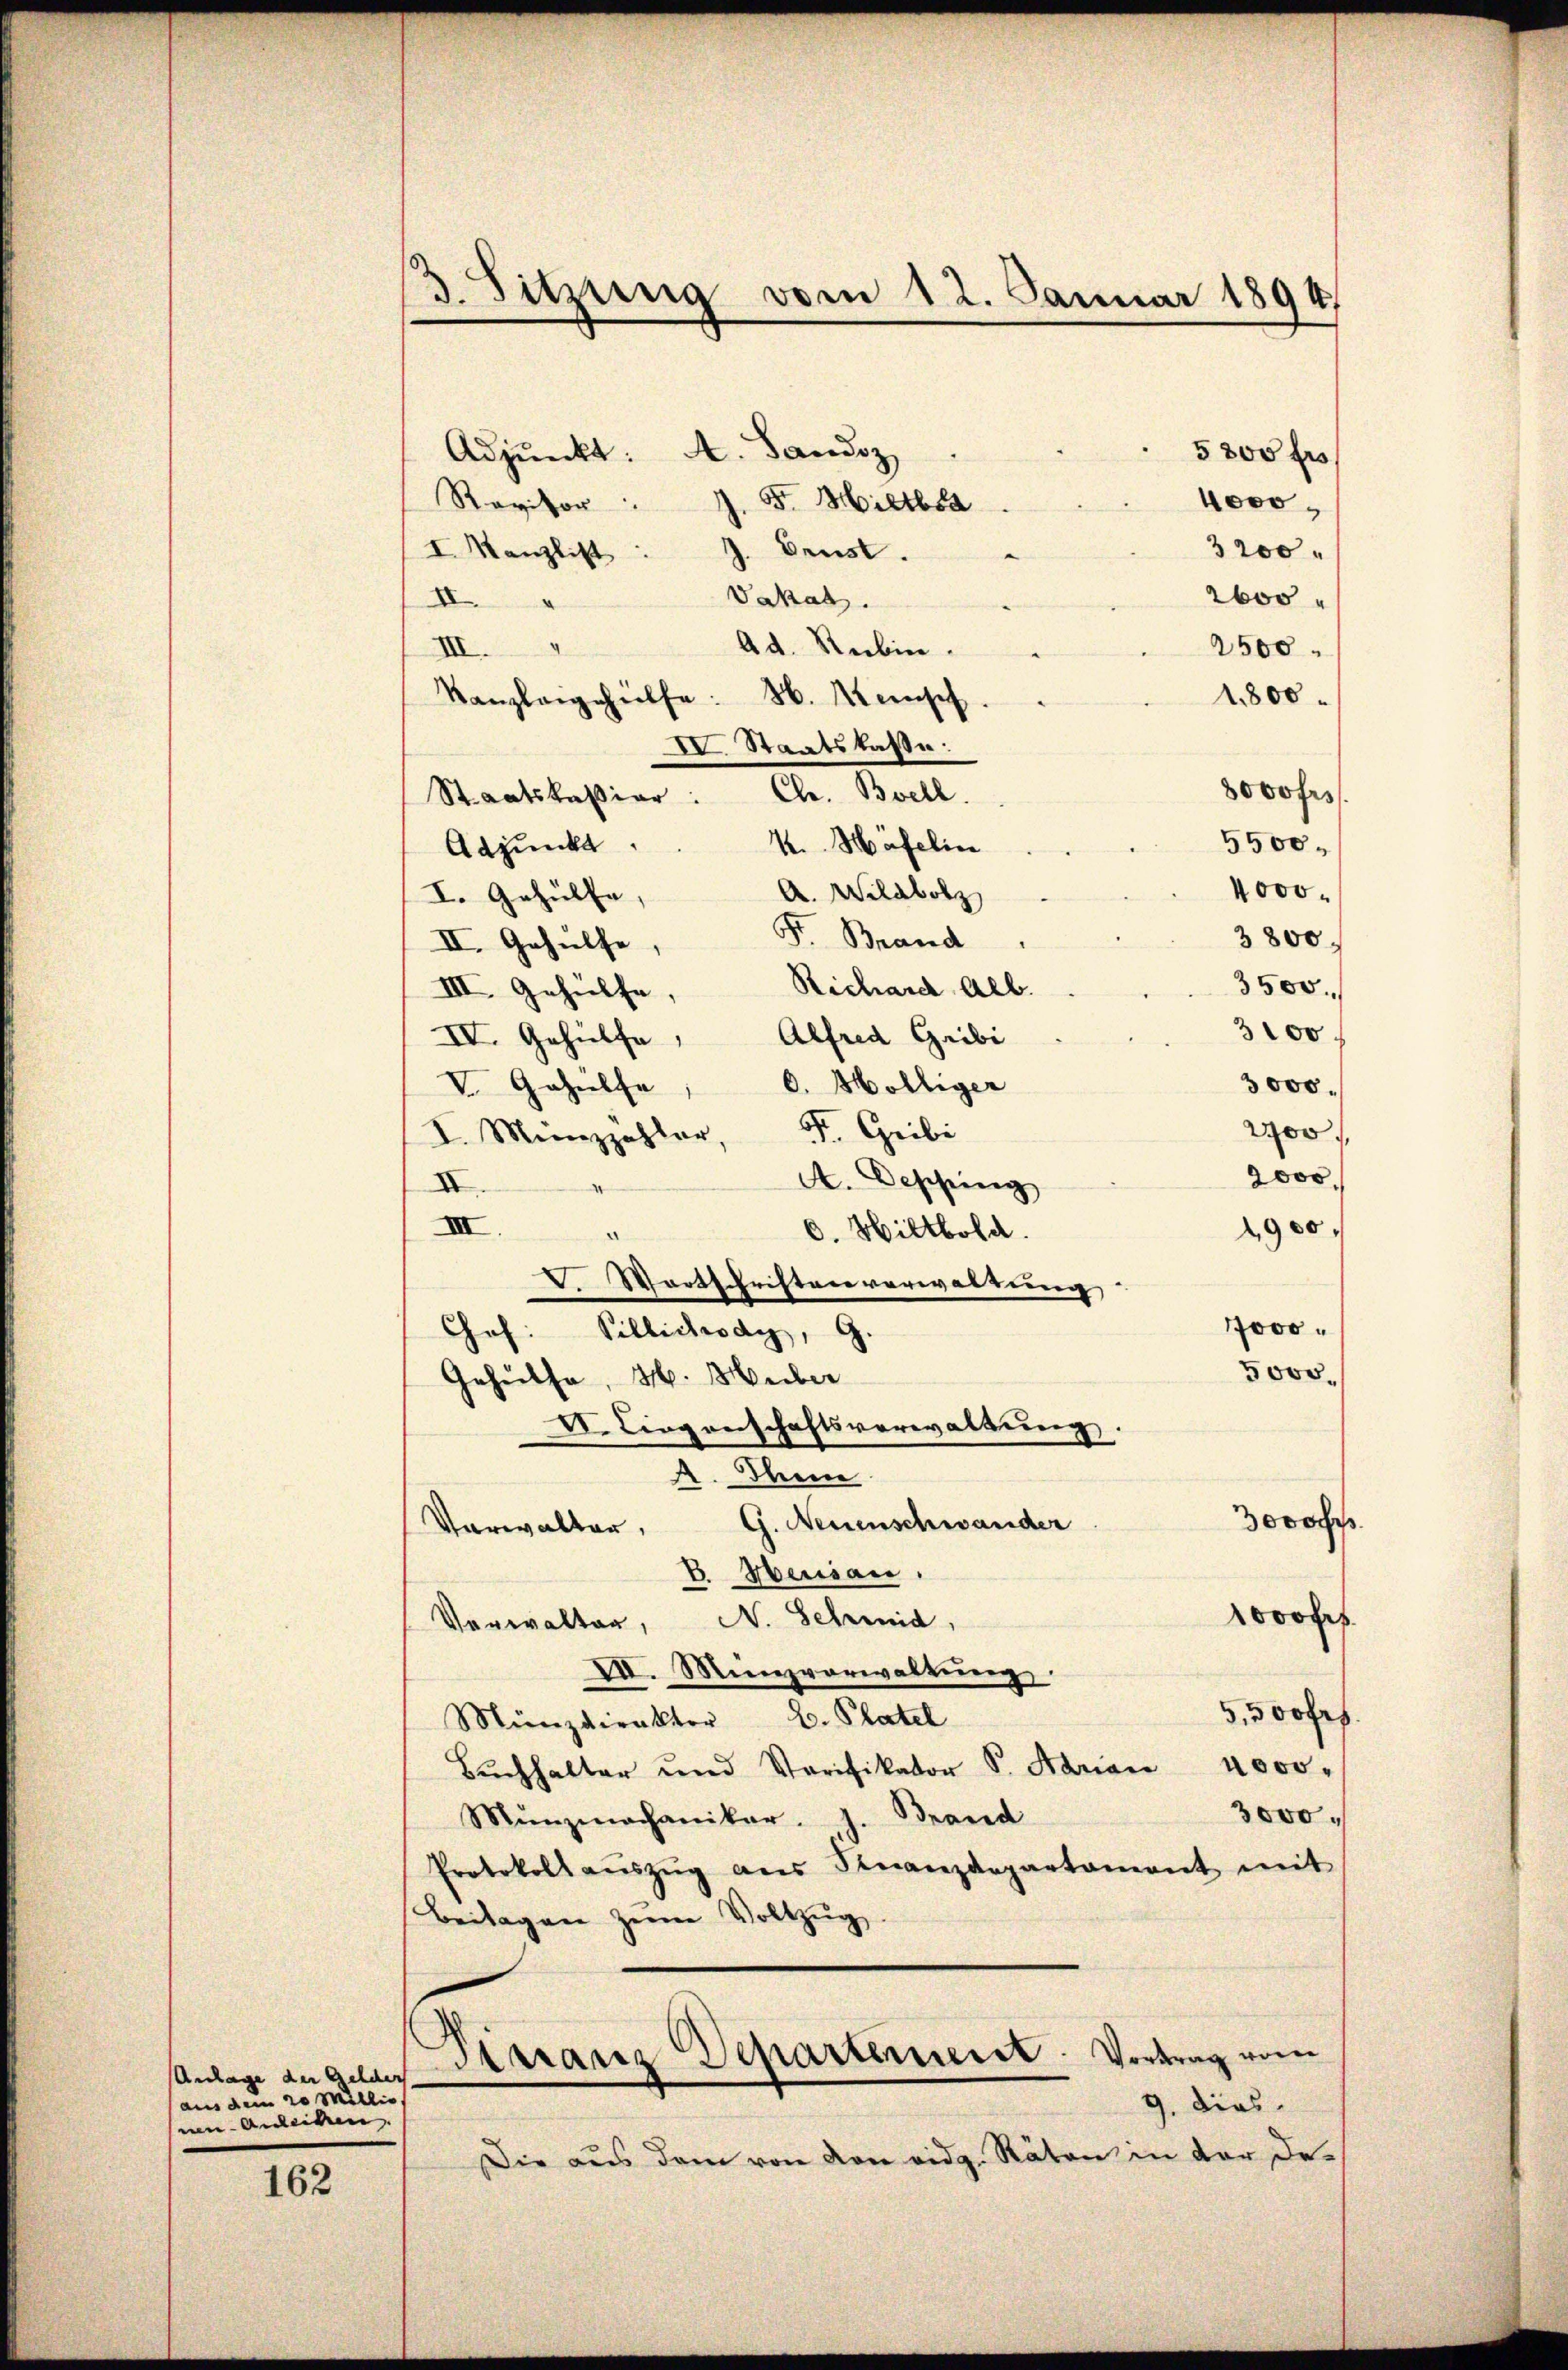
Anlage der Gelder

Adjunkt: A. Landsz
5800 f
5. Hietbsa
Ravitor
4000
3200
I Kanzlist: J. Brust.
Vakal.
2600
II
Ad. Rubin.
III.
2500
Kanzleigehülfe: N. Keise
1800
IV. Staatskasse:
3000 frs
Staatskassier: Chr. Boell.
K. Häfelin
5500.
Adjunkt
4000.
A. Wildbolz
I. Gehülfe,
F. Brand
3800.
II. Gehülfe,
3500.
Richard Alb.
III. Gehülfe. |
3100
IV. Gehülfe, Alfred Gribi
V. Gehülfe
O. Mölliger
3000.
2700
I. Mizzahler, Dr. Gribi
2000.
A. Desching
II.
III.
2,900
6. Wiltbold.
a
V. Wortsfristenverwaltung
7000.
Chof. Pillichsdy, G.
5000.
Gehülfe, H. Huber
Dr. Liegenschaftsverwaltung.
A. Thun.
Jovo
G. Neuenschwander
Verwalter,
B. Menian,
rofes
Verwalter, N. Schmid,
VI. Minzvorwaltung.
500
Münzdirektor B. Platel
Bŭchhalter und Verifikator S. Aarian 4000.
3000.
Münzmnachaniker. J. Brand
Protokoll aŭszŭg ans Finanzdepartament mit
Beilagen zŭm Vollzŭg
Garanz Departement. Vortrag vom
aus dem 20 Millio
9. dies
mi Anleiten
Die aus dem von von eidg. Räten in der De¬
162

3. Sitzung vom 12. Januar 1894